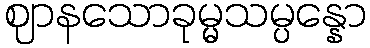
ဈာနသောခုမ္မသမ္ပန္နော